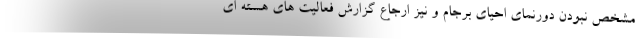
مشخص نبودن دورنمای احیای برجام و نیز ارجاع گزارش فعالیت های هسته ای